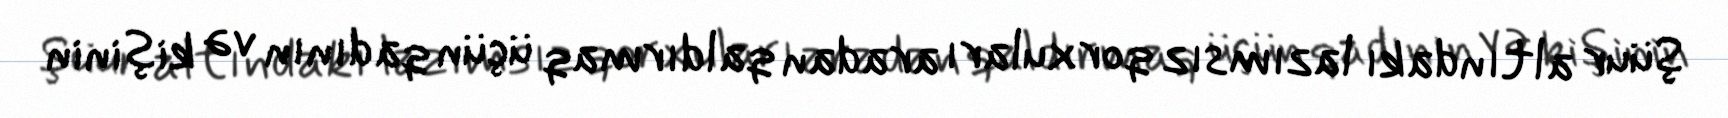
Şüur altındakı lazımsız qorxuları aradan qaldırmaq üçün qadının və kişinin